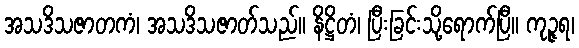
အသဒိသဇာတကံ၊ အသဒိသဇာတ်သည်။ နိဋ္ဌိတံ၊ ပြီးခြင်းသို့ရောက်ပြီ။ ကုဉ္ဇရ၊